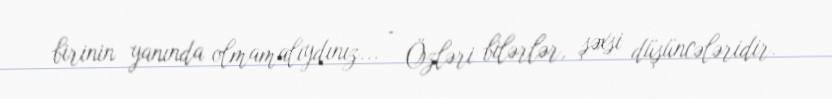
birinin yanında olmamalıydınız... - Özləri bilərlər, şəxsi düşüncələridir.